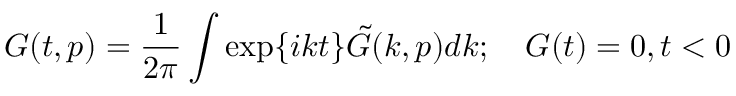
G ( t , p ) = \frac { 1 } { 2 \pi } \int \exp \{ i k t \} \tilde { G } ( k , p ) d k ; \quad G ( t ) = 0 , t < 0